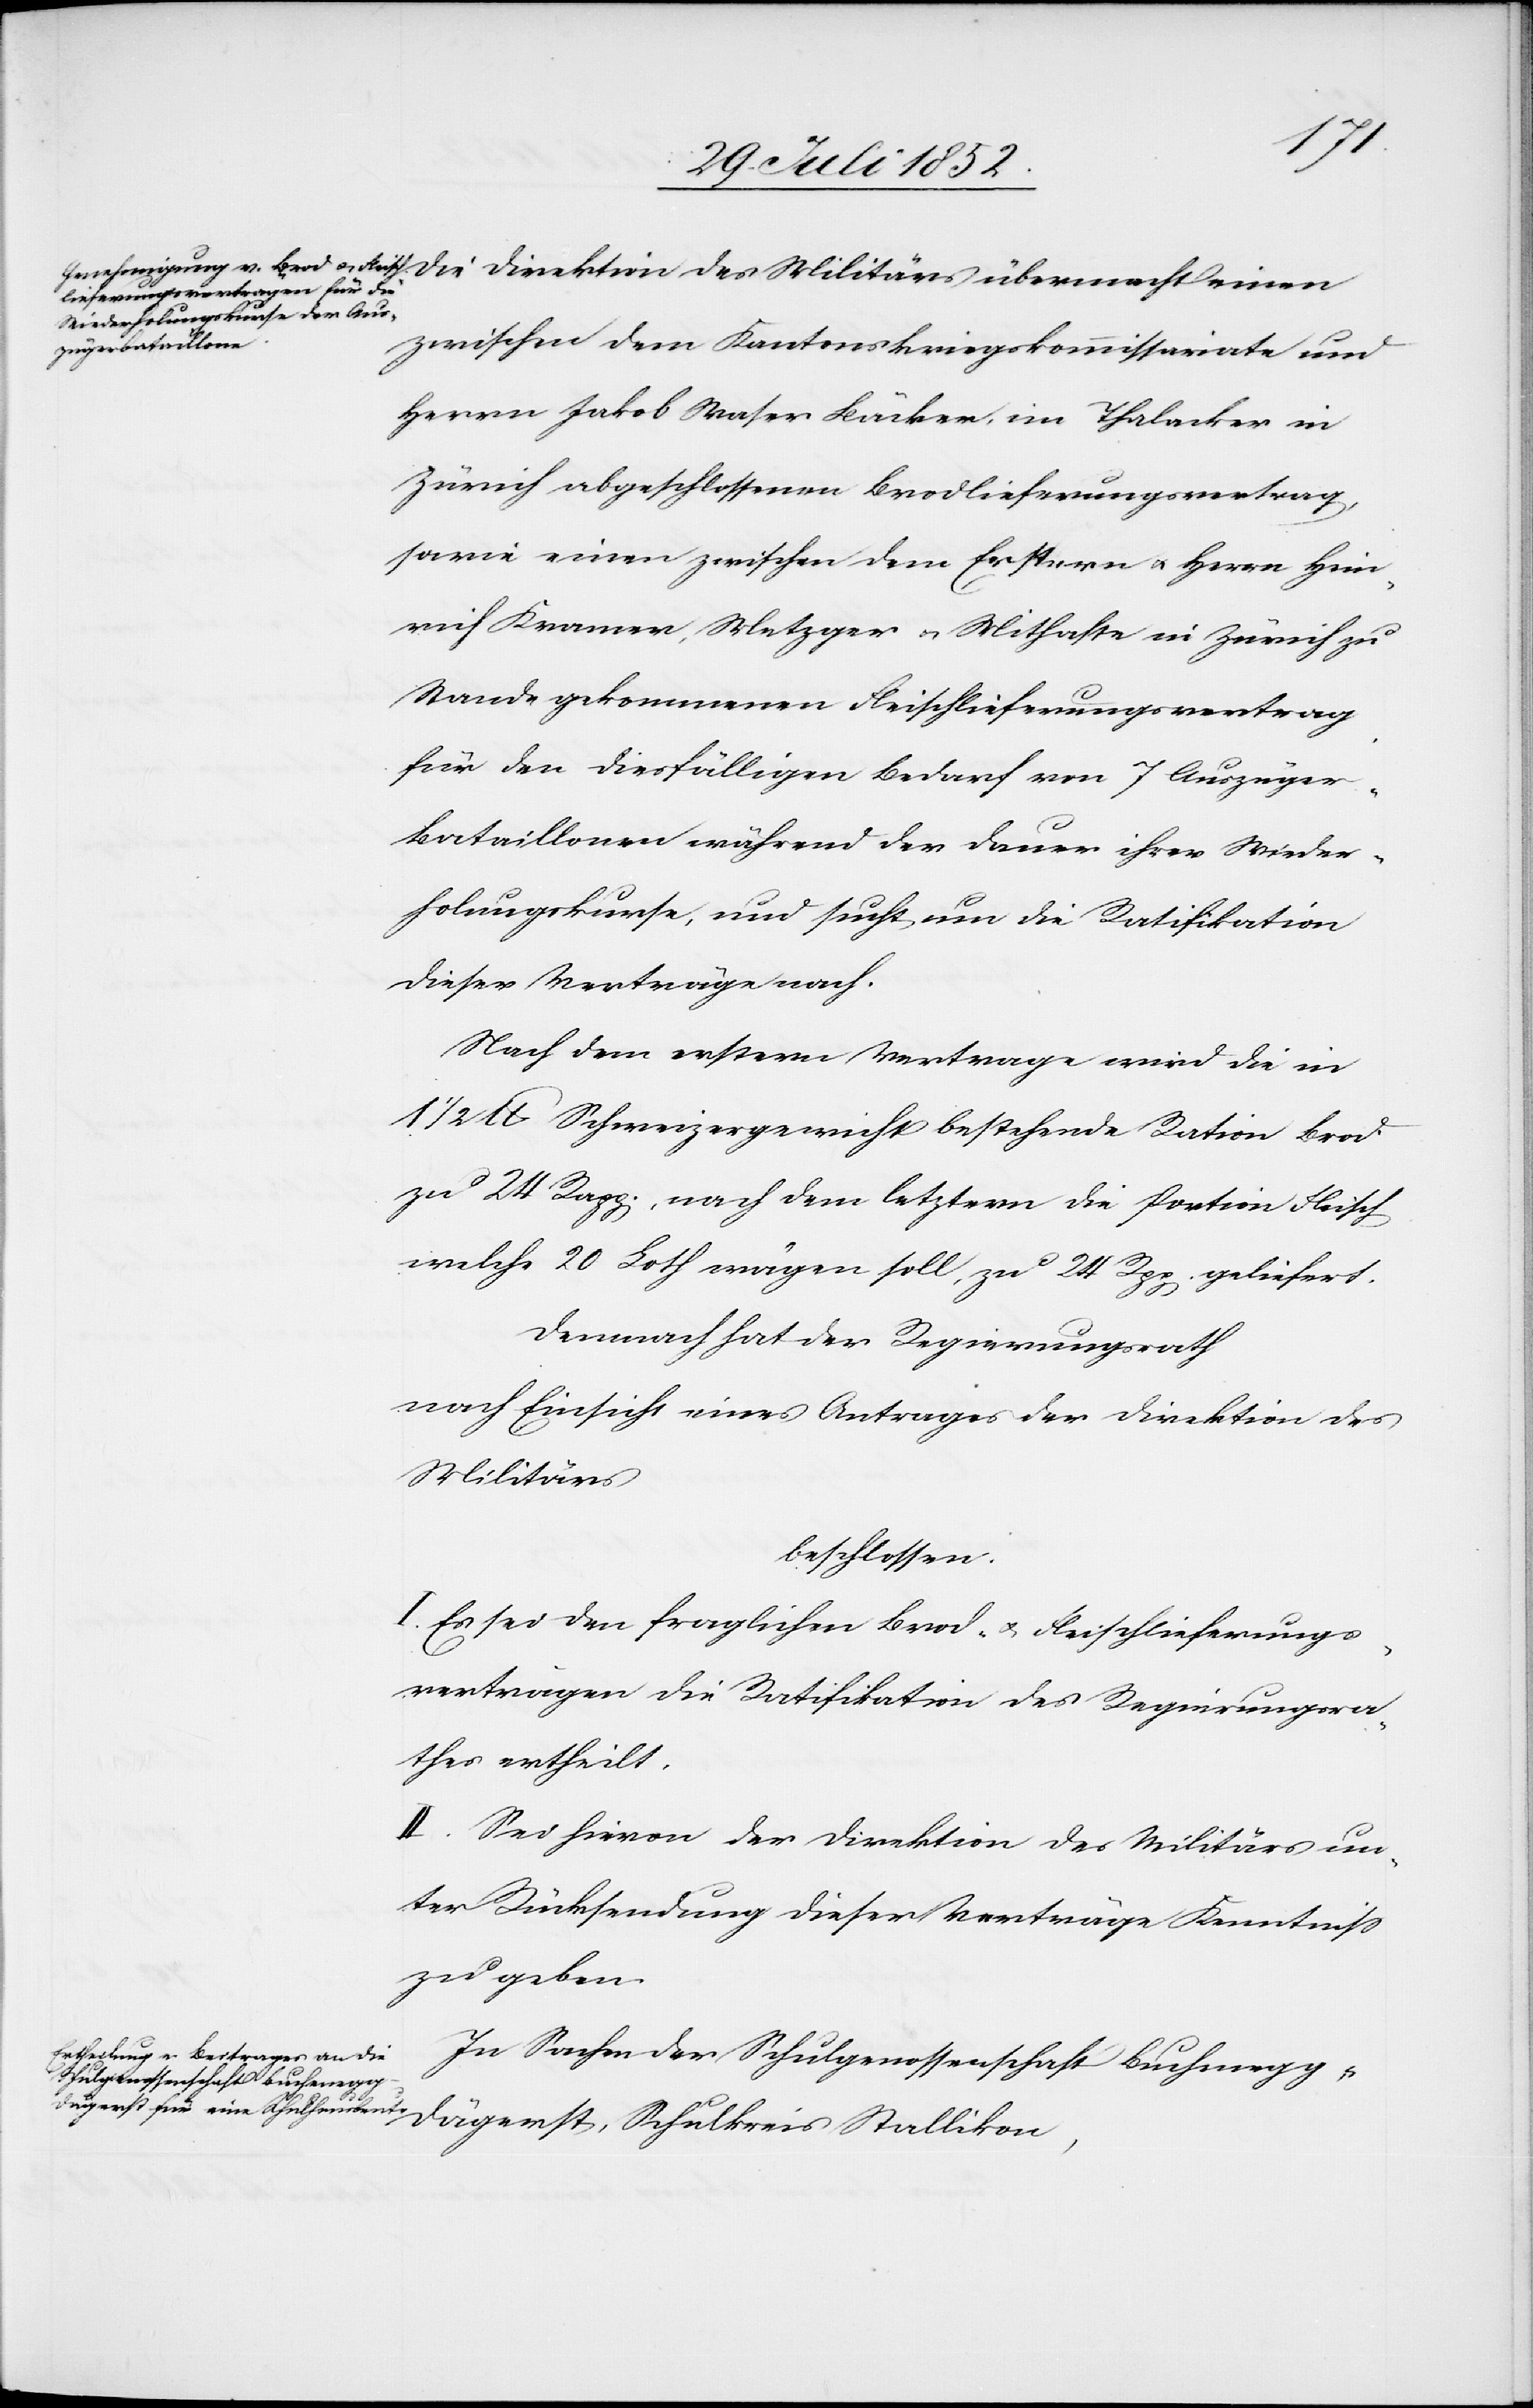
des
zwischen dem Kantonskriegskommissariate und
Herrn Jakob Waser Bäcker, im Thalacker in
Zürich abgeschlossenen Brodlieferungsvertrag,
sowie einen zwischen dem Erstern & Herrn Hein¬
rich Kramer, Metzger & Mithafte in Zürich zu
Stande gekommenen Fleischlieferungsvertrag
für den diesfälligen Bedarf von 7 Auszüge¬
r-Bataillonen während der Dauer ihrer Wieder¬
holungskurse, und sucht um die Ratifikation
dieser Verträge nach.
Nach dem erstern Vertrage wird die in
1/2 lb Schweizergewicht bestehende Ration Brod
zu 24 Rapp., nach dem letztern die Portion Fleisch
welche 20 Loth wägen soll, zu 24 Rpp. geliefert.
Demnach hat der Regierungsrath
nach Einsicht eines Antrages der Direktion des
Militärs
beschlossen.
I. Es sei den fraglichen Brod- & Fleischlieferungs¬
verträgen die Ratifikation des Regierungsra¬
thes ertheilt.
II. Sei hievon der Direktion des Militärs un¬
ter Rücksendung dieser Verträge Kenntniss
zu geben.
In Sachen der Schulgenossenschaft Buchenegg-D¬
ägerst, Schulkreis Stallikon,